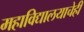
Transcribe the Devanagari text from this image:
महाविद्यालयाचेही